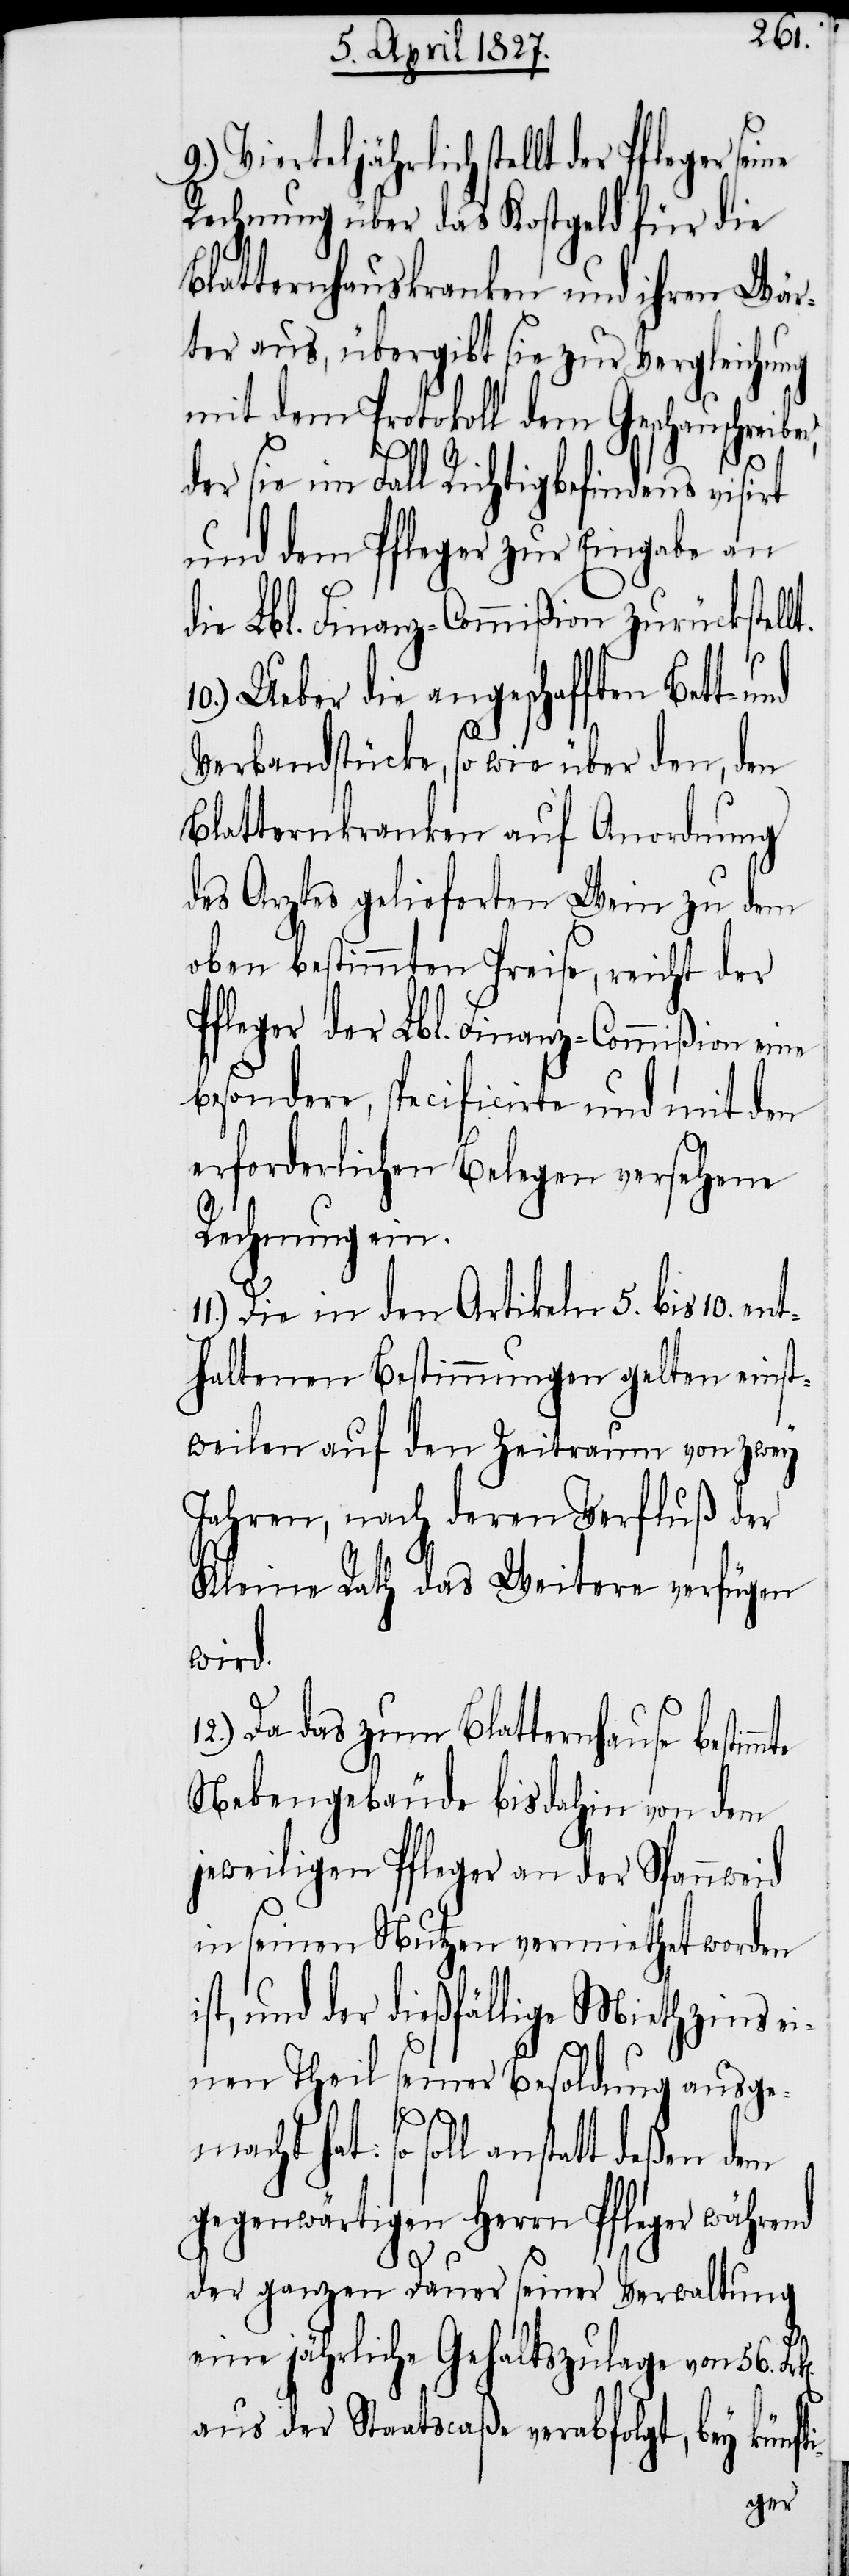
Vierteljährlich stellt der Pfleger
Rechnung über das Kostgeld für die
Blatternhauskranken und ihren Wär¬
ter aus, übergibt sie zur Vergleichung
mit dem Protokoll dem Geschauschreib¬
sie im Fall Richtigbefindens visi¬
und dem Pfleger zur Eingabe an
die Lbl. Finanz-Commißion zurückstell¬
10.) Ueber die angeschafften Bett-
i-
Verbandstücke, so wie über den, den
Blatternkranken auf Anordnung
des Arztes gelieferten Wein zu dem
oben bestimmten Preise, reicht der
Pfleger der Lbl. Finanz-Commißion eine
besondere, specificirte und mit den
erforderlichen Belegen versehene
Rechnung ein.
Die in den Artikeln 5. bis 10. ent¬
haltenen Bestimmungen gelten einst¬
weilen auf den Zeitraum von zwey
Jahren, nach deren Verfluß der
Kleine Rath das Weitere verfügen
wird.
12.) Da das zum Blatternhause bestim¬
Nebengebäude bis dahin von dem
jeweiligen Pfleger an der Spannweid
in seinem Nutzen vermiethet worden
st, und der dießfällige Miethzins ei¬
nen Theil seiner Besoldung ausgem¬
hat: so soll anstatt deßen dem
gegenwärtigen Herrn Pfleger während
der ganzen Dauer seiner Verwaltung
eine jährliche Gehaltszulage von 56.
aus der Staatscaße verabfolgt, bey künft¬
der